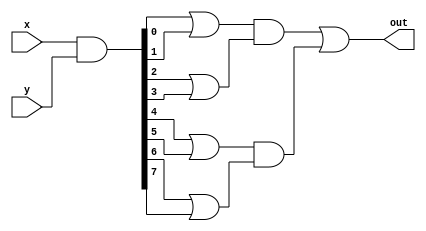
`timescale 1ns / 1ps
//////////////////////////////////////////////////////////////////////////////////
// Company: 
// Engineer: 
// 
// Design Name: 
// Module Name:    gate_module 
// Project Name: 
// Target Devices: 
// Tool versions: 
// Description: 
//
// Dependencies: 
//
// Revision: 
// Revision 0.01 - File Created
// Additional Comments: 
//
//////////////////////////////////////////////////////////////////////////////////
module gate_module(
        input [7:0] x,
        input [7:0] y,
        output out
    );
    wire [7:0] chain0;
    wire [3:0] chain1;
    wire [1:0] chain2;
    assign chain0[7:0] = x & y;
    assign out = chain2[0] | chain2[1];
    
    generate
        genvar i;
        for(i = 0; i < 4; i = i + 1)
            assign chain1[i] = chain0[2*i] | chain0[2*i + 1];
        for(i = 0; i < 2; i = i + 1)
            assign chain2[i] = chain1[2*i] & chain1[2*i + 1];
    endgenerate
endmodule